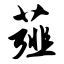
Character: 薤